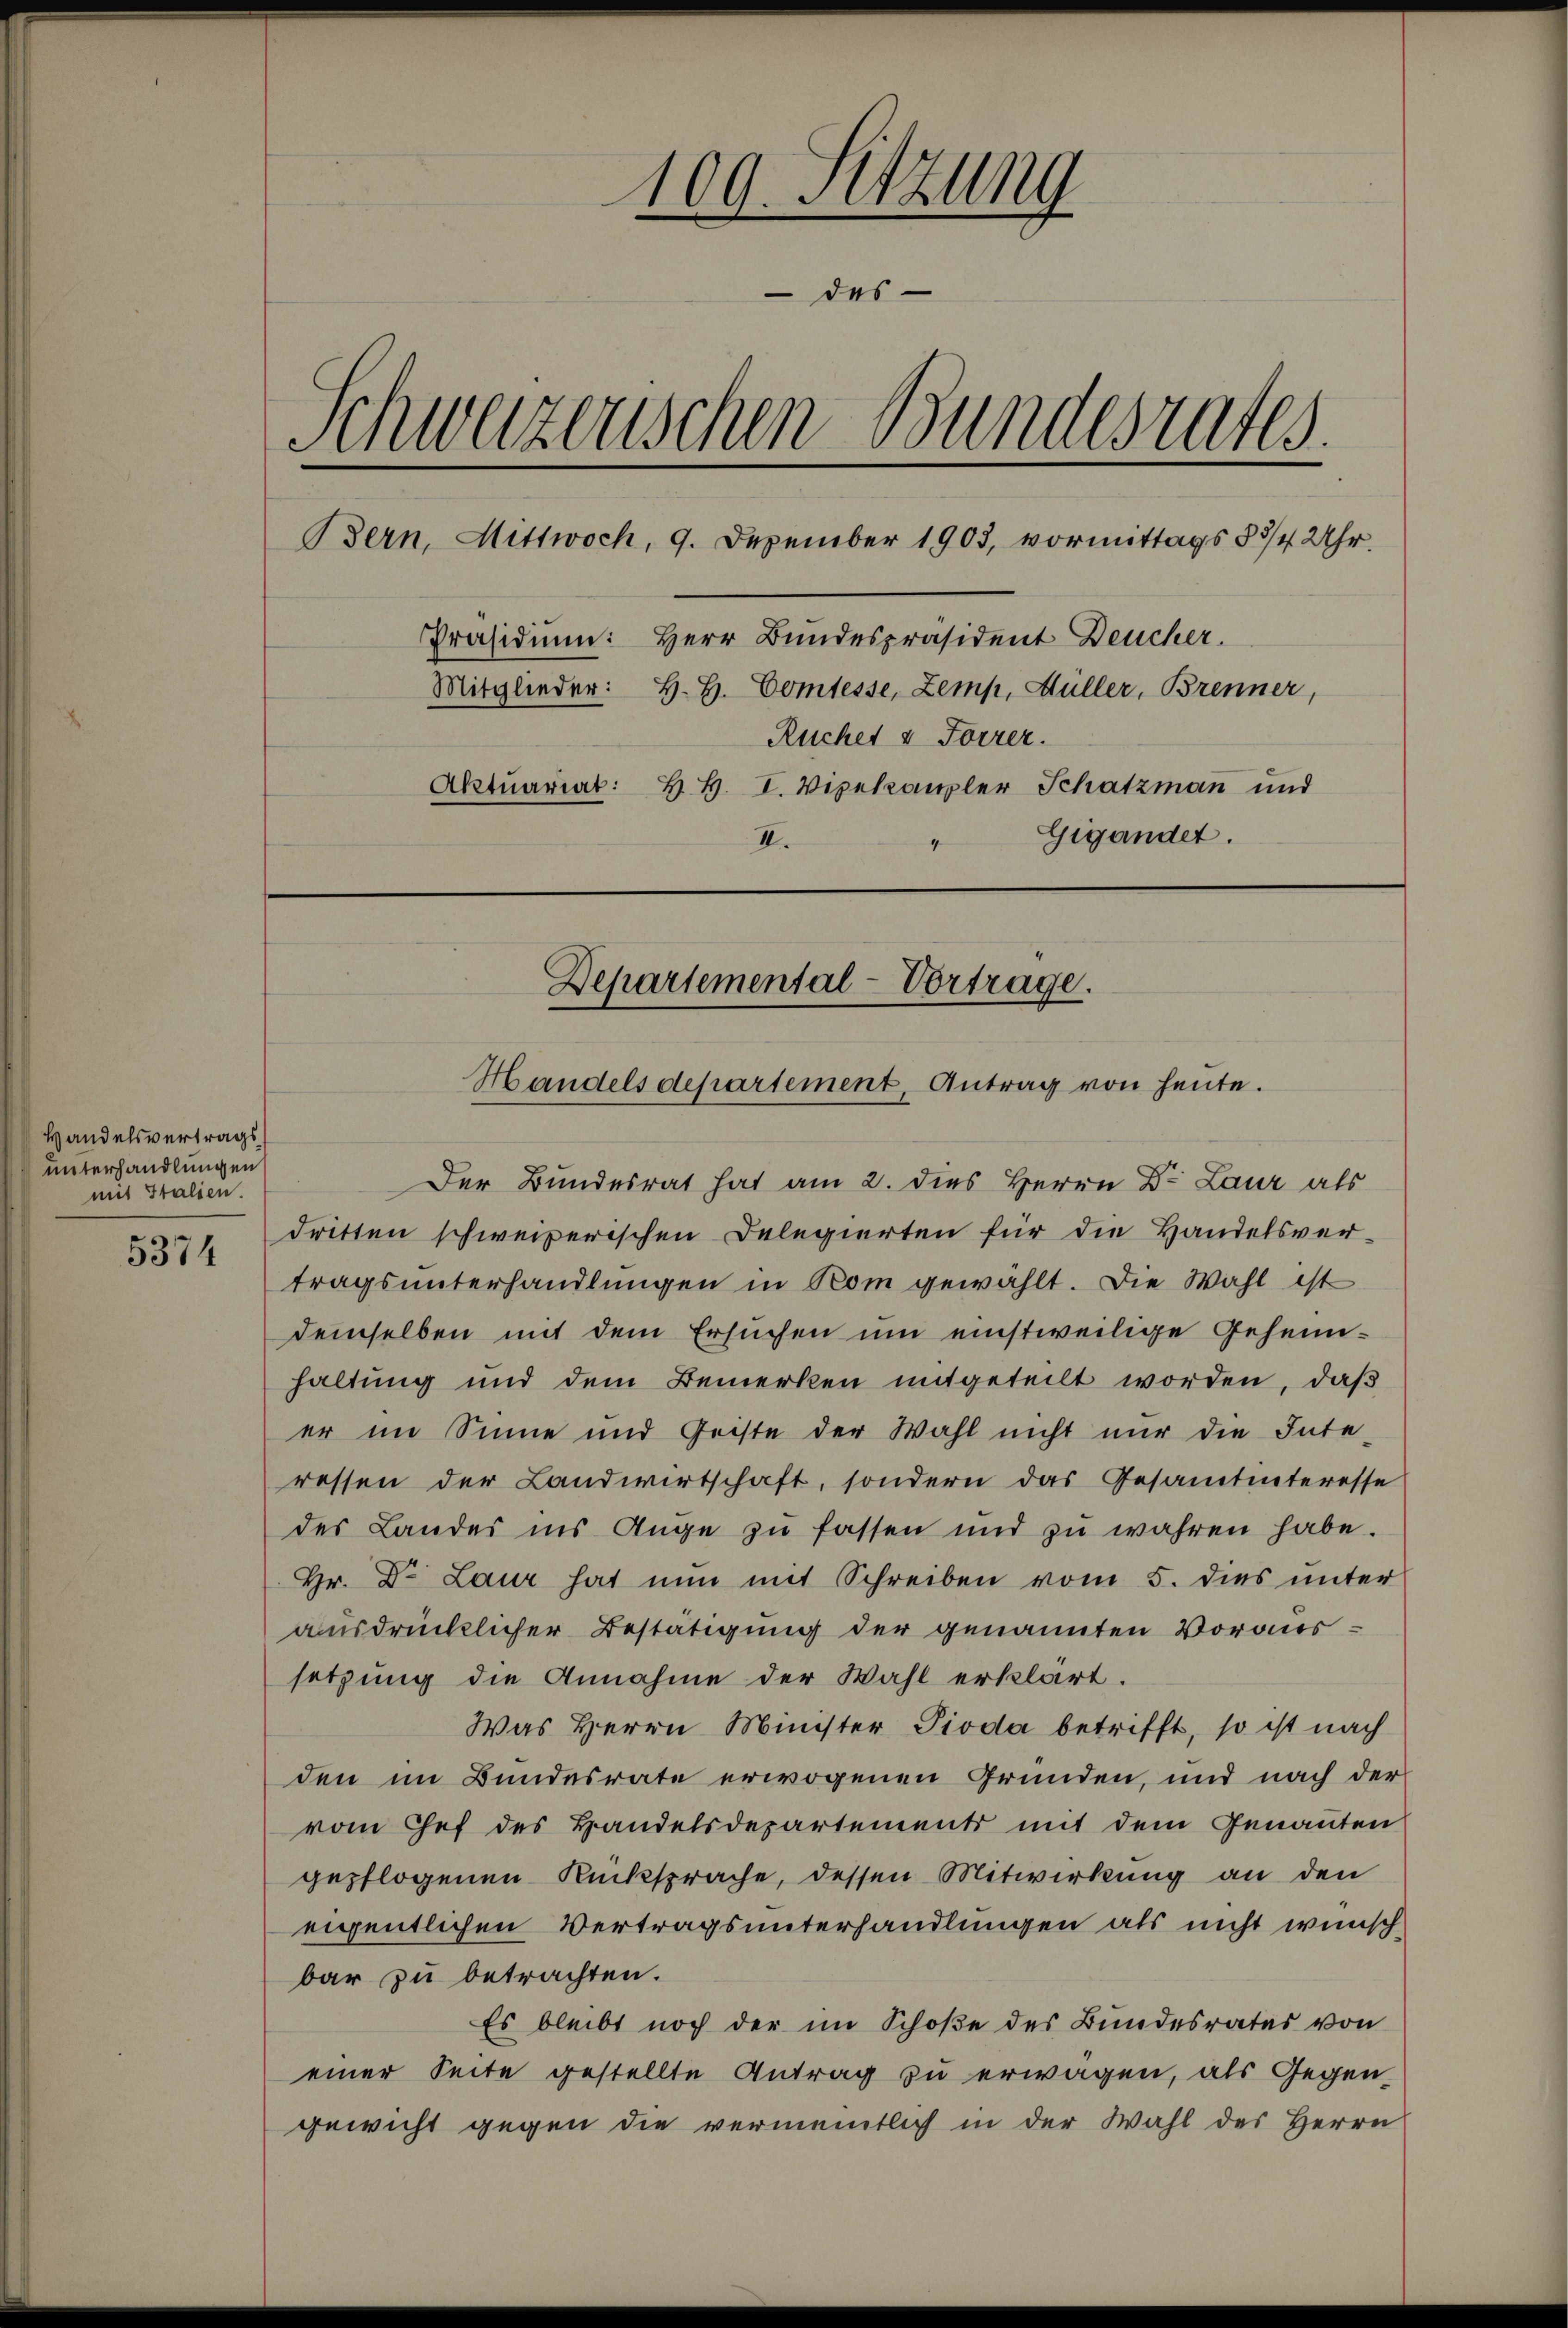
Handelsvertrags
unterhandlungen
mit Italien.

5374

109. Sitzung
 des
Schweizerischen Bundesrates.
Bern, Mittwoch, 9. Dezember 1903, vormittags 8 3/4 Uhr.
Präsidium: Herr Bundespräsident Deucher.
Mitglieder: H. H. Comtesse, Zemp, Müller, Brenner,
Ruchet & Forrer.
Aktuariat: B. H. I. Vizekanzler Schatzman und
Gigandet.
II.

Departemental-Vortrage.
Handelsdepartement, Antrag von heute.

Der Bundesrat hat am 2. dies Herrn Dr. Laur als
dritten schweizerischen Delegierten für die Handelsvertragsunterhandlungen in Rom gewählt. Die Wahl ist
demselben mit dem Ersuchen um einstweilige Geheimhaltung und dem Bemerken mitgeteilt worden, daß
er im Sinne und Geiste der Wahl nicht nur die Inte-
ressen der Landwirtschaft, sondern das Gesamtinteresse
des Landes ins Auge zu fassen und zu wahren habe.
Hr. Dr. Laur hat nun mit Schreiben vom 5. dies unter
ausdrücklicher Bestätigung der genannten Voraussetzung die Annahme der Wahl erklärt.
Was Herrn Minister Pioda betrifft, so ist nach
den im Bundesrate erwogenen Gründen, und nach der
vom Chef des Handelsdepartements mit dem Genannten
gepflogenen Rücksprache, dessen Mitwirkung an den
eigentlichen Vertragsunterhandlungen als nicht wünsch
bar zu betrachten.
Es bleibt noch der im Schoße des Bundesrates von
einer Seite gestellte Antrag zu erwagen, als Gegengewicht gegen die vermeintlich in der Wahl des Herrn